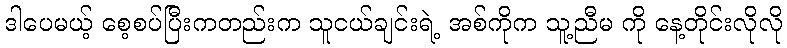
ဒါပေမယ့် စေ့စပ်ပြီးကတည်းက သူငယ်ချင်းရဲ့ အစ်ကိုက သူ့ညီမ ကို နေ့တိုင်းလိုလို